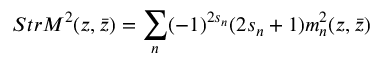
S t r { \cal M } ^ { 2 } ( z , \bar { z } ) = \sum _ { n } ( - 1 ) ^ { 2 s _ { n } } ( 2 s _ { n } + 1 ) m _ { n } ^ { 2 } ( z , \bar { z } )